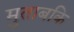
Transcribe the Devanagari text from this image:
मुताबकि